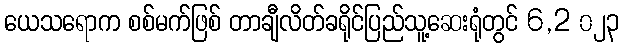
ယေသရောက စစ်မက်ဖြစ် တာချီလိတ်ခရိုင်ပြည်သူ့ဆေးရုံတွင် 6,2 ၀၂၃